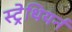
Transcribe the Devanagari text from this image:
स्ट्रेथियर्न